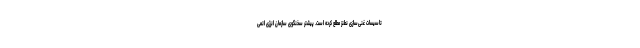
تاسیسات غنی‌سازی نطنز مطلع کرده است. پیشتر سخنگوی سازمان انرژی اتمی